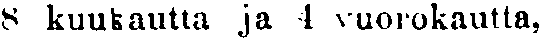
8 kuukautta ja 4 vuorokautta,